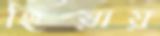
হিয়ায়